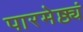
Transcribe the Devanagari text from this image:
पारमेष्ठ्यं